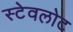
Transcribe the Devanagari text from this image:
स्टेवलोट